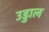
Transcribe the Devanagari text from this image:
उडुाल